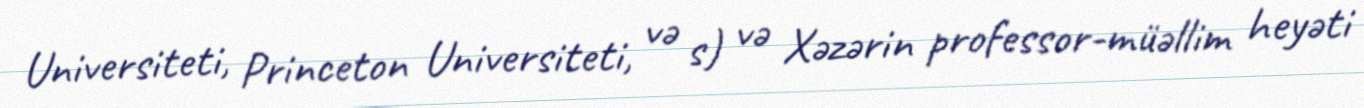
Universiteti, Princeton Universiteti, və s) və Xəzərin professor-müəllim heyəti